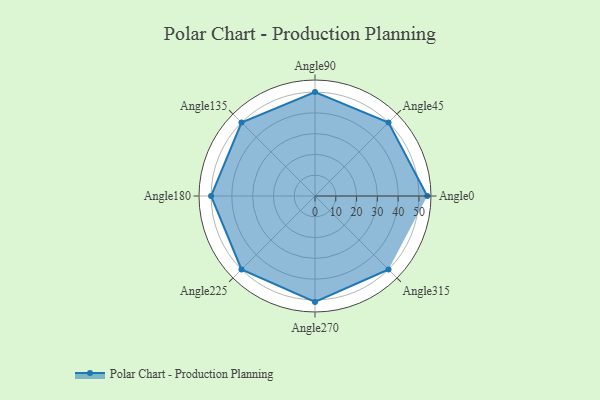
{"axis": {"x": "Angle", "y": "Radius"}, "legend": [""], "data": [{"x": "Angle0", "y": 54.0, "type": ""}, {"x": "Angle45", "y": 50, "type": ""}, {"x": "Angle90", "y": 50, "type": ""}, {"x": "Angle135", "y": 50, "type": ""}, {"x": "Angle180", "y": 50, "type": ""}, {"x": "Angle225", "y": 50, "type": ""}, {"x": "Angle270", "y": 51.0, "type": ""}, {"x": "Angle315", "y": 50, "type": ""}]}